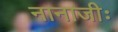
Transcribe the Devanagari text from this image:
नानाजीः